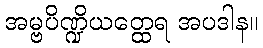
အမ္ဗပိဏ္ဍိယတ္ထေရ အပဒါန။